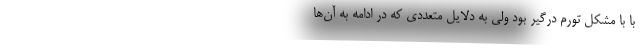
با با مشکل تورم درگیر بود ولی به دلایل متعددی که در ادامه به آن‌ها